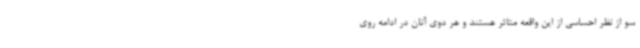
سو از نظر احساسی از این واقعه متاثر هستند و هر دوی آنان در ادامه روی